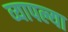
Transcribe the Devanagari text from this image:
व्यापल्या